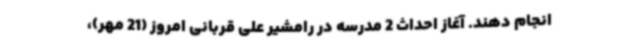
انجام دهند. آغاز احداث 2 مدرسه در رامشیر علی قربانی امروز (21 مهر)،